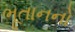
ભૂતાનનો